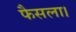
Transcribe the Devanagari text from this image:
फैसला।